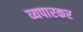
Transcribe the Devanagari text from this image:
व्यपारकर